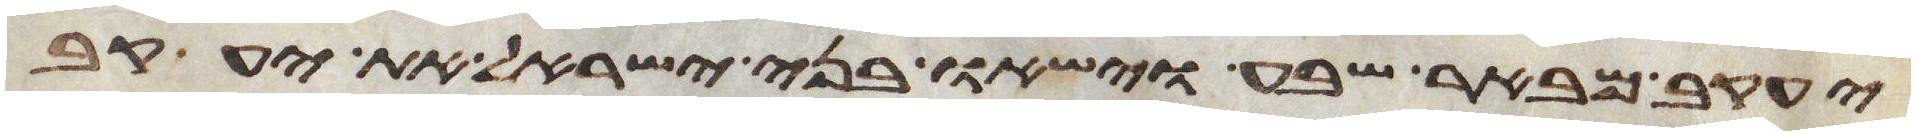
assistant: יעקב מבאר שבע וישאו בני ישראל את יעקב